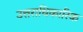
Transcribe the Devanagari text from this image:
उत्तराधिकारिक